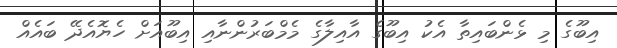
އިބޫގެ މި ޅެންބައިތާ އެކު އިބޫގެ އާއިލާގެ މެމްބަރުންނާއި އިބޫއަށް ހެޔޮއެދޭ ބައެއް